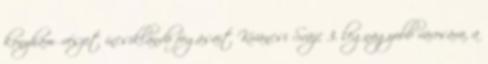
konyhaművészet íncsiklandó fogásait Kíváncsi Svájc 3. legnagyobb városára, a